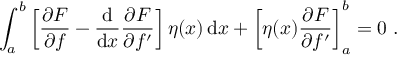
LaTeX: \int _ { a } ^ { b } \left[ { \frac { \partial F } { \partial f } } - { \frac { \mathrm { d } } { \mathrm { d } x } } { \frac { \partial F } { \partial f ^ { \prime } } } \right] \eta ( x ) \, \mathrm { d } x + \left[ \eta ( x ) { \frac { \partial F } { \partial f ^ { \prime } } } \right] _ { a } ^ { b } = 0 \ .